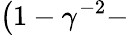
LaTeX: \left(1-\gamma^{-2}-\right.